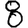
Digit: 8